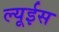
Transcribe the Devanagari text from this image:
ल्यूईस